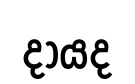
දායද